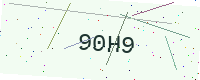
Text: 90H9